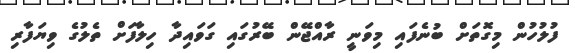
ފުލުހުން މިގޮތަށް ބުނެފައި މިވަނީ ރާއްޖޭން ބޭރުގައި ގަވައިދާ ހިލާފަށް ތެލުގެ ވިޔަފާރި